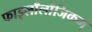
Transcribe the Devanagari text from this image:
फाइलाँलाँजिकम्